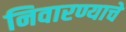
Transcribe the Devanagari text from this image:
निवारण्याचे